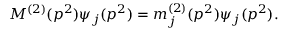
M ^ { ( 2 ) } ( p ^ { 2 } ) \psi _ { j } ( p ^ { 2 } ) = m _ { j } ^ { ( 2 ) } ( p ^ { 2 } ) \psi _ { j } ( p ^ { 2 } ) .